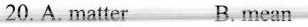
20.A.matter B. mean